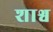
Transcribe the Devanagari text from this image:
शाश्व